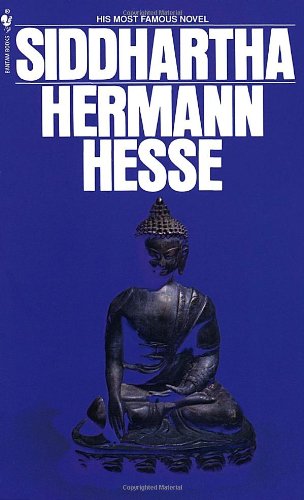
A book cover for Siddhartha; Hermann Hesse; Literature & Fiction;